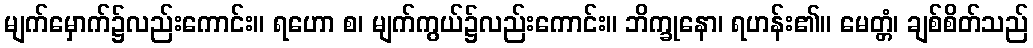
မျက်မှောက်၌လည်းကောင်း။ ရဟော စ၊ မျက်ကွယ်၌လည်းကောင်း။ ဘိက္ခုနော၊ ရဟန်း၏။ မေတ္တံ၊ ချစ်စိတ်သည်